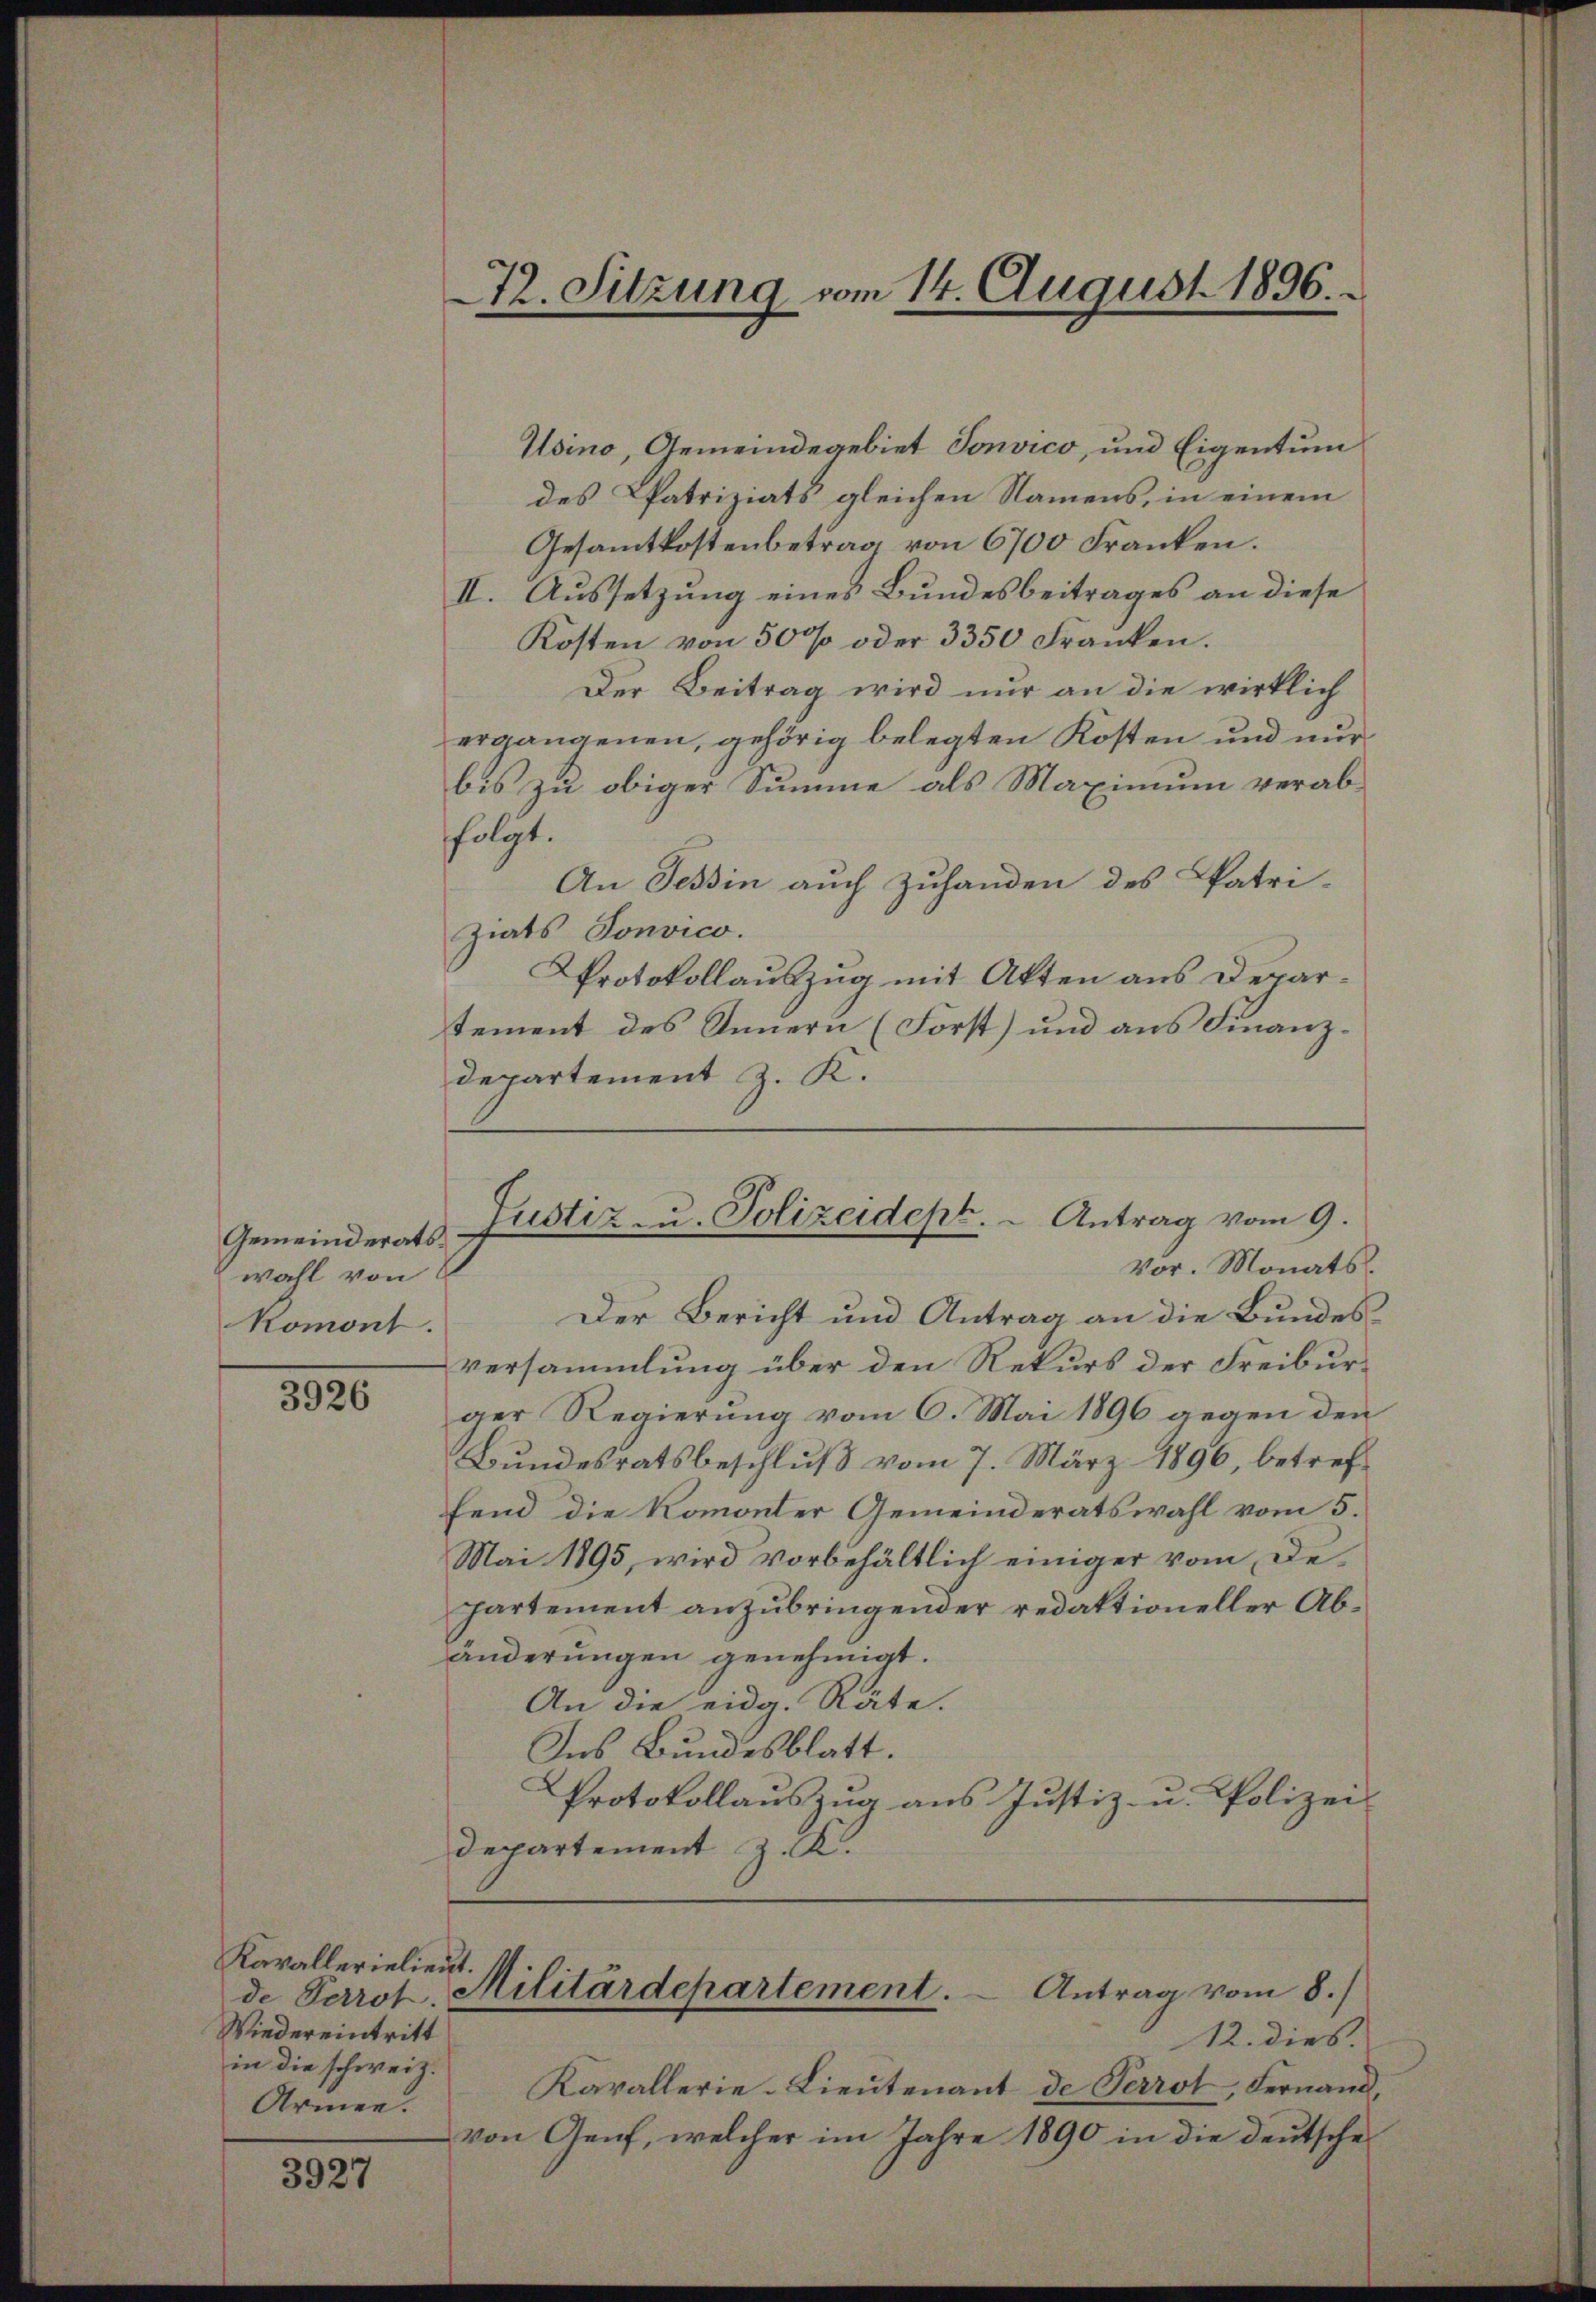
Gemeinderatswahl von
komont.

3926

Kavallerielieut.
de Perrot.
Wiedereintritt
in die schweiz.
Armen.

3927

72. Sitzung vom 14. August 1896.
.

Usino, Gemeindegebiet Sonvico, und Eigentum
des Patriziats gleichen Namens, in einem
Gesamtkostenbetrag von 6700 Franken.
II. Aussetzung eines Bundesbeitrages an diese
Kosten von 500 oder 3350 Franken.
Der Beitrag wird nur an die wirklich
ergangenen, gehörig belegten Kosten und nur
bis zu obiger Summe als Maximum verabfolgt.
An Tessin auch Zuhanden des Patri-
Ziats Sonvico.
Protokollauszug mit Akten aus Departement des Innern (Forst) und aus Finanzdepartement z. K.

Justiz u. Polizeidept. - Antrag vom 9.
Vor. Monats

Der Bericht und Antrag an die Bundesversammlung über den Rekurs der Freiburger Regierung vom 6. Mai 1896 gegen den
Bundesratsbeschluß vom 7. März 1896, betreffend die Komonter Gemeinderatswahl vom 5.
Mai 1895, wird vorbehältlich einiger vom Departement anzubringender redaktioneller Abänderungen genehmigt.
An die eidg. Räte.
Ins Bundesblatt.
Protokollauszug aus Justiz- u. Polizei-
departement z. K.

Kavallerie-Lieutenant de Perrot, Fernand,
von Genf, welcher im Jahre 1890 in die deutsche

Militärdepartement.
Antrag vom 8.)
12. dies